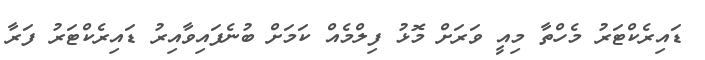
ޑައިރެކްޓަރު މެހްތާ މިއީ ވަރަށް މޮޅު ފިލްމެއް ކަމަށް ބުނެފައިވާއިރު ޑައިރެކްޓަރު ފަރާ